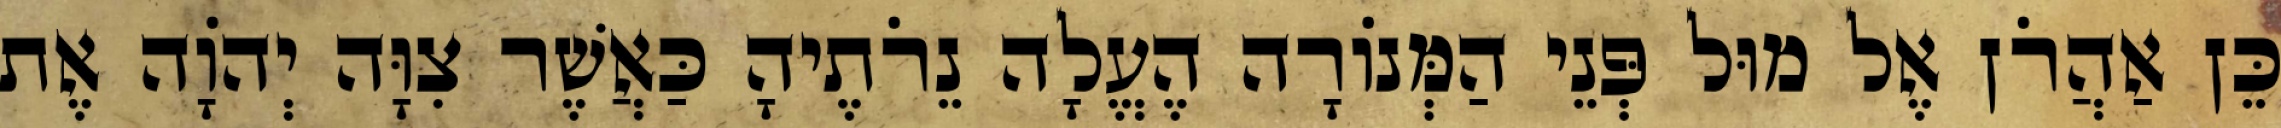
כֵּן אַהֲרֹן אֶל מוּל פְּנֵי הַמְּנוֹרָה הֶעֱלָה נֵרֹתֶיהָ כַּאֲשֶׁר צִוָּה יְהוָֹה אֶת